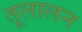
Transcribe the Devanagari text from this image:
तूलालन